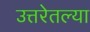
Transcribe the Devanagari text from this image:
उत्तरेतल्या